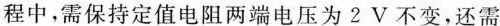
程中，需保持定值电阻两端电压为2V不变，还需